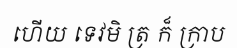
ហើយ ទេវមិ ត្រ ក៏ ក្រាប